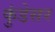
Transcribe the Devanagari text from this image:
कुंडेसर